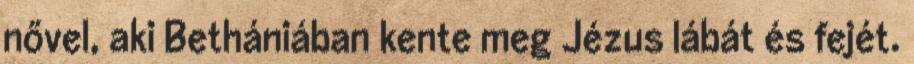
nővel, aki Bethániában kente meg Jézus lábát és fejét.